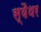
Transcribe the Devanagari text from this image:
स्वैथर